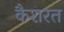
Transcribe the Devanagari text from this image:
कैशरत